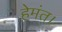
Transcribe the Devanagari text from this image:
हेमंत।